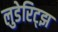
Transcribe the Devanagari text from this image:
लुडेरिट्झ